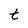
Character: t